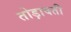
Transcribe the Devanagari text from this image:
तोड़ावती